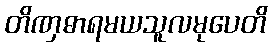
တိဏှဓာရမယသူလမုပေတိ